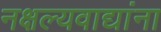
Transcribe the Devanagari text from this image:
नक्षल्यवाद्यांना